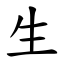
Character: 生